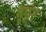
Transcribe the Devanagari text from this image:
सूकृत